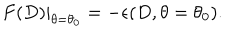
\left. F ( D ) \right| _ { \theta = \theta _ { 0 } } = - \epsilon ( D , \theta = \theta _ { 0 } ) .